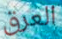
العرق